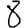
Digit: 8